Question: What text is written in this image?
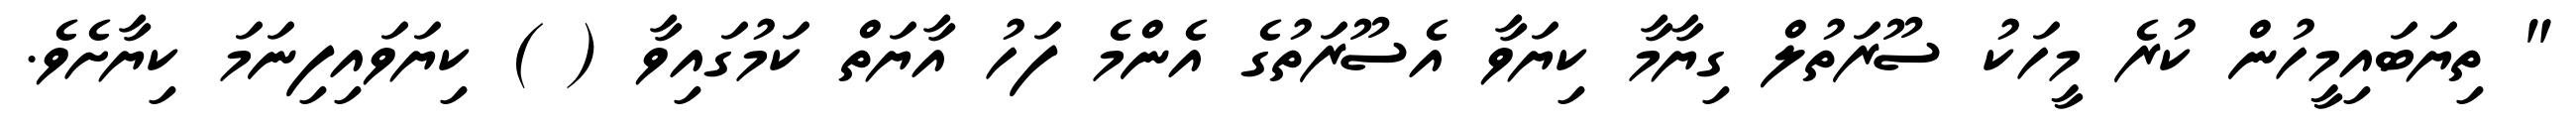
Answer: " ތިޔަބައިމީހުން ކުރެ މީހަކު ސޫރަތުލް ގިޔާމާ ކިޔަވާ އެސޫރަތުގެ އެންމެ ފަހު އާޔަތް ކަމުގައިވާ ( ) ކިޔަވައިފިނަމަ ކިޔާށެވެ.